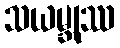
သယမ္ဘုဿ